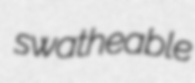
swatheable